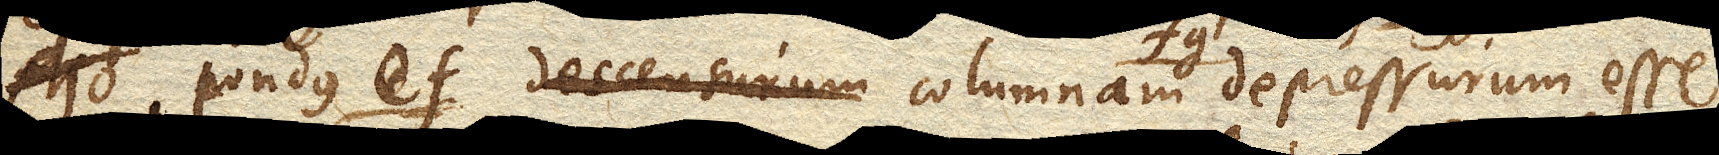
Ajo pondusef. descensurum columnam fg. depressurum esse